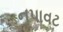
નપાવટ